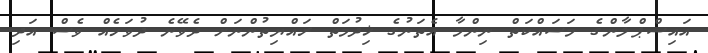
އައިސްޕްލާންގެ މަސައްކަތް ނިންމާ އެތަނުގެ ޚިދުމަތް ރައްޔިތުންނަށް ދެވޭނެ ދުވަހެއް ވެސް އަދި